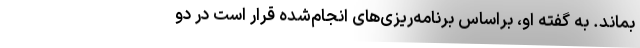
بماند. به گفته‌ او، براساس برنامه‌ریزی‌های انجام‌شده قرار است در دو